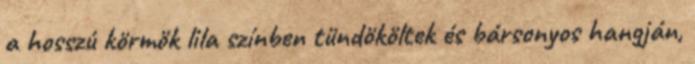
a hosszú körmök lila színben tündököltek és bársonyos hangján,